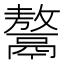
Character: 𩱏